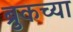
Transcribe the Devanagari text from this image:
ब्रुकच्या